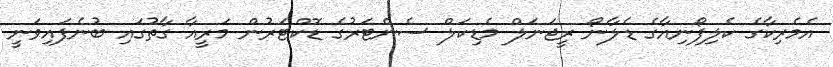
އެމެރިކާގެ ކެލިފޯނިއާގެ ޑެލާނޯ ރީޖަނަލް މެޑިކަލް ސެންޓަރުގެ ޑޮކްޓަރުން މަރީއާ ގާތުގައި ބުނެފައިވަނީ